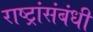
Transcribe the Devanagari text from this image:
राष्ट्रांसंबंधी